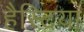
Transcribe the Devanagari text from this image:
हैस्टिया